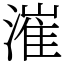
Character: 漼